Annual report of the Punjab Veterinary College and of the Civil Veterinary Department, Punjab - 1926-1932
Year: 1926
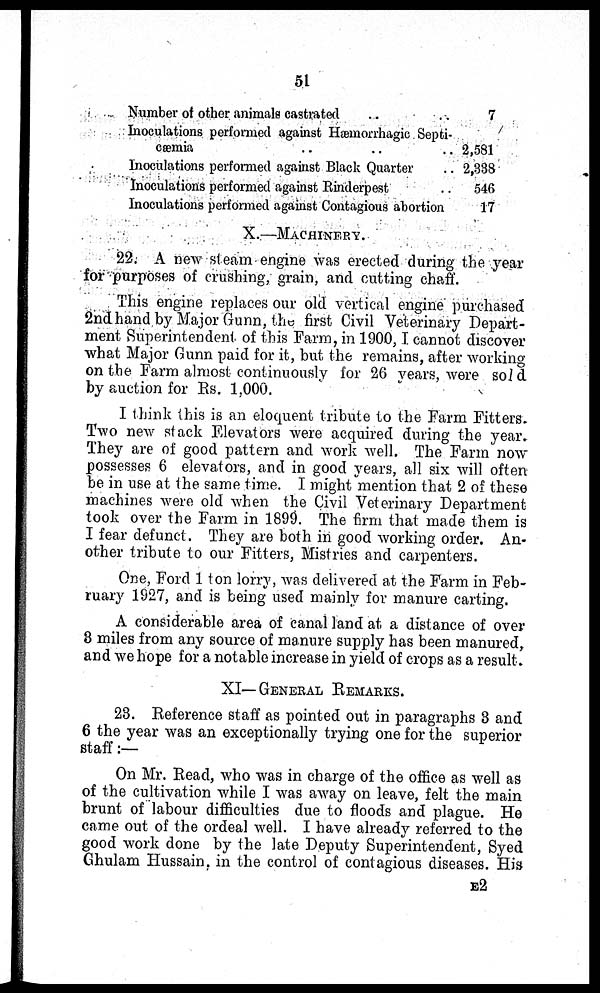
51
Number of other animals castrated ..
Inoculations performed against Hæmorrhagic Septi-
cæmia .. .. ..
Inoculations performed against Black Quarter ..
Inoculations performed against Rinderpest ..
Inoculations performed against Contagious abortion
7
2,581
2,338
546
17
X.—MACHINERY.
22. A new steam engine was erected during the year
for purposes of crushing, grain, and cutting chaff.
This engine replaces our old vertical engine purchased
2nd hand by Major Gunn, the first Civil Veterinary Depart-
ment Superintendent of this Farm, in 1900, I cannot discover
what Major Gunn paid for it, but the remains, after working
on the Farm almost continuously for 26 years, were sold.
by auction for Rs. 1,000.
I think this is an eloquent tribute to the Farm Fitters.
Two new stack Elevators were acquired during the year.
They are of good pattern and work well. The Farm now
possesses 6 elevators, and in good years, all six will often
be in use at the same time. I might mention that 2 of these
machines were old when the Civil Veterinary Department
took over the Farm in 1899. The firm that made them is
I fear defunct. They are both in good working order. An-
other tribute to our Fitters, Mistries and carpenters.
One, Ford 1 ton lorry, was delivered at the Farm in Feb-
ruary 1927, and is being used mainly for manure carting.
A considerable area of canal land at a distance of over
3 miles from any source of manure supply has been manured,
and we hope for a notable increase in yield of crops as a result.
XI—GENERAL REMARKS.
23. Reference staff as pointed out in paragraphs 3 and
6 the year was an exceptionally trying one for the superior
staff:—
On Mr. Read, who was in charge of the office as well as
of the cultivation while I was away on leave, felt the main
brunt of labour difficulties due to floods and plague. He
came out of the ordeal well. I have already referred to the
good work done by the late Deputy Superintendent, Syed
Ghulam Hussain, in the control of contagious diseases. His
E2